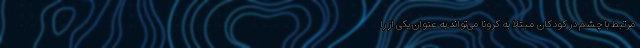
مرتبط با چشم در کودکان مبتلا به کرونا می‌تواند به عنوان یکی از را